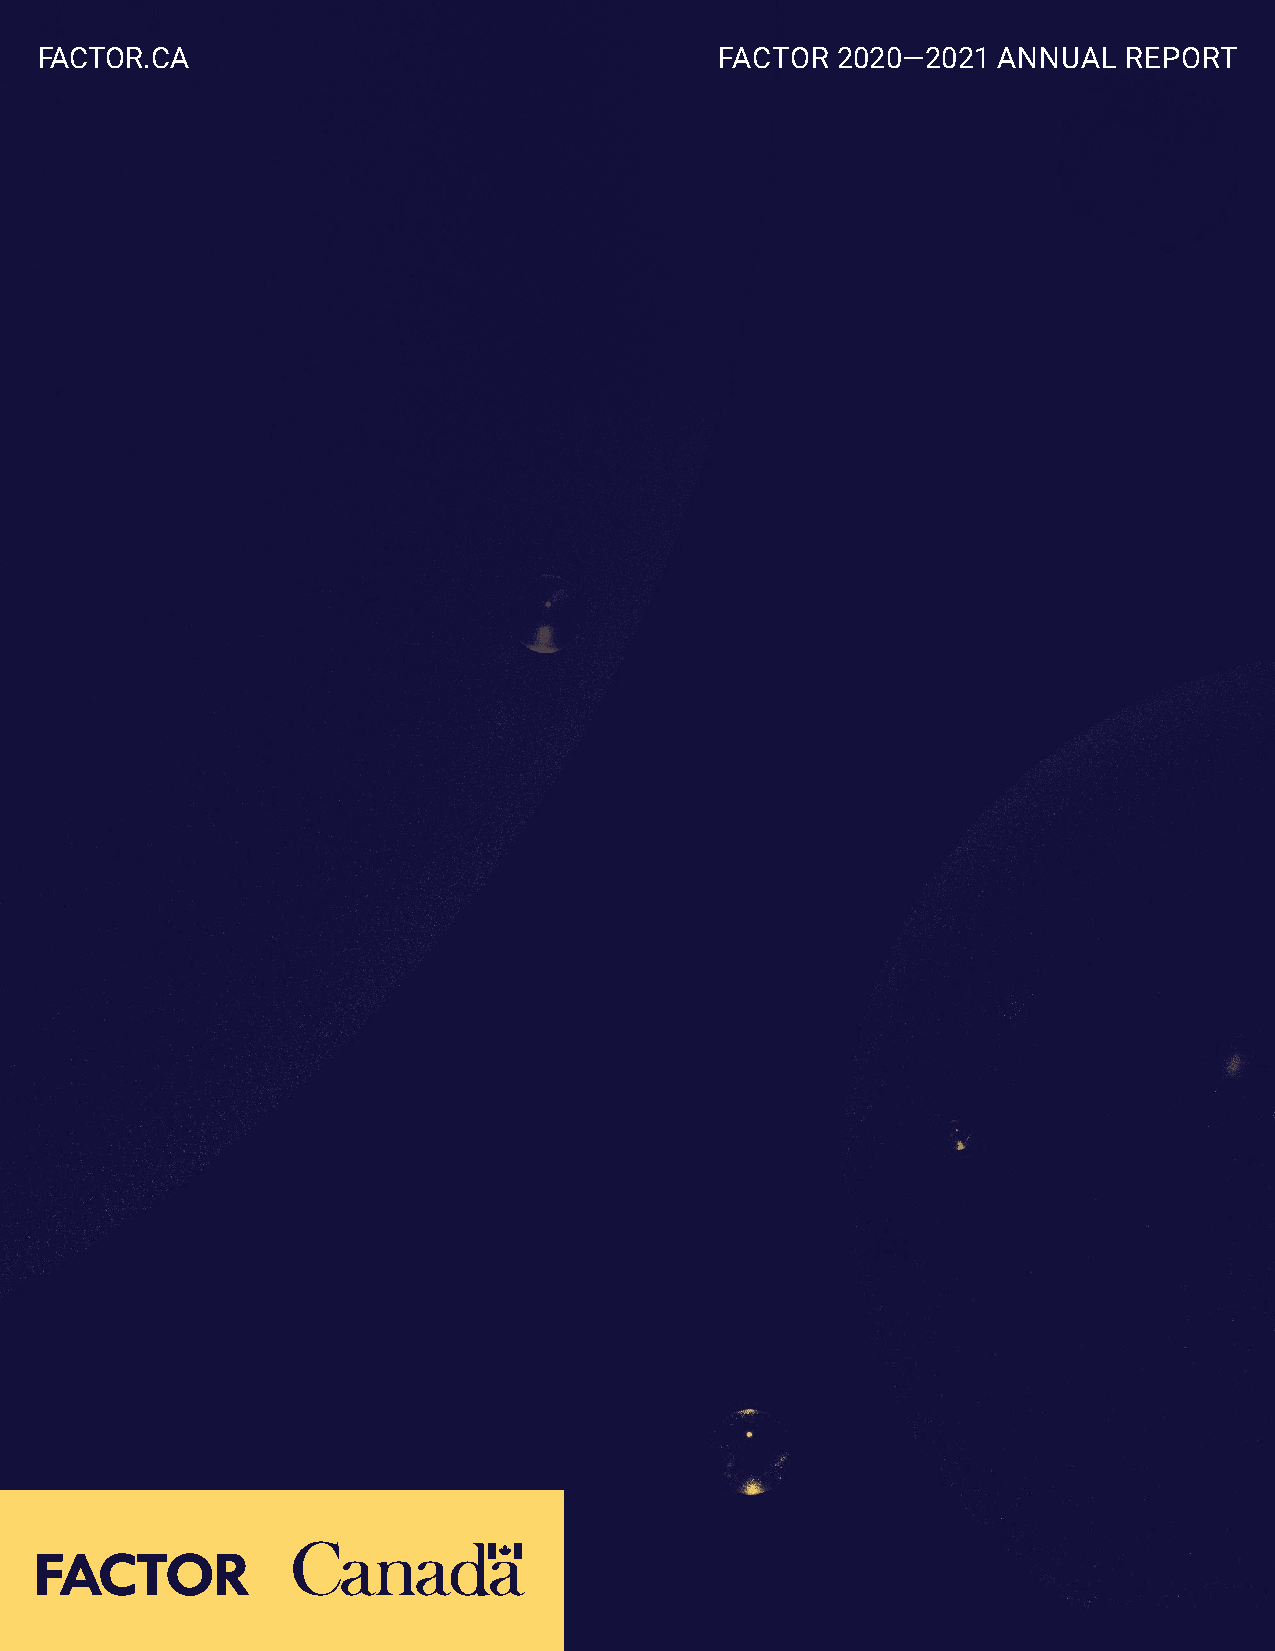
FACTOR.CA                                     FACTOR 2020—2021  ANNUAL  REPORT